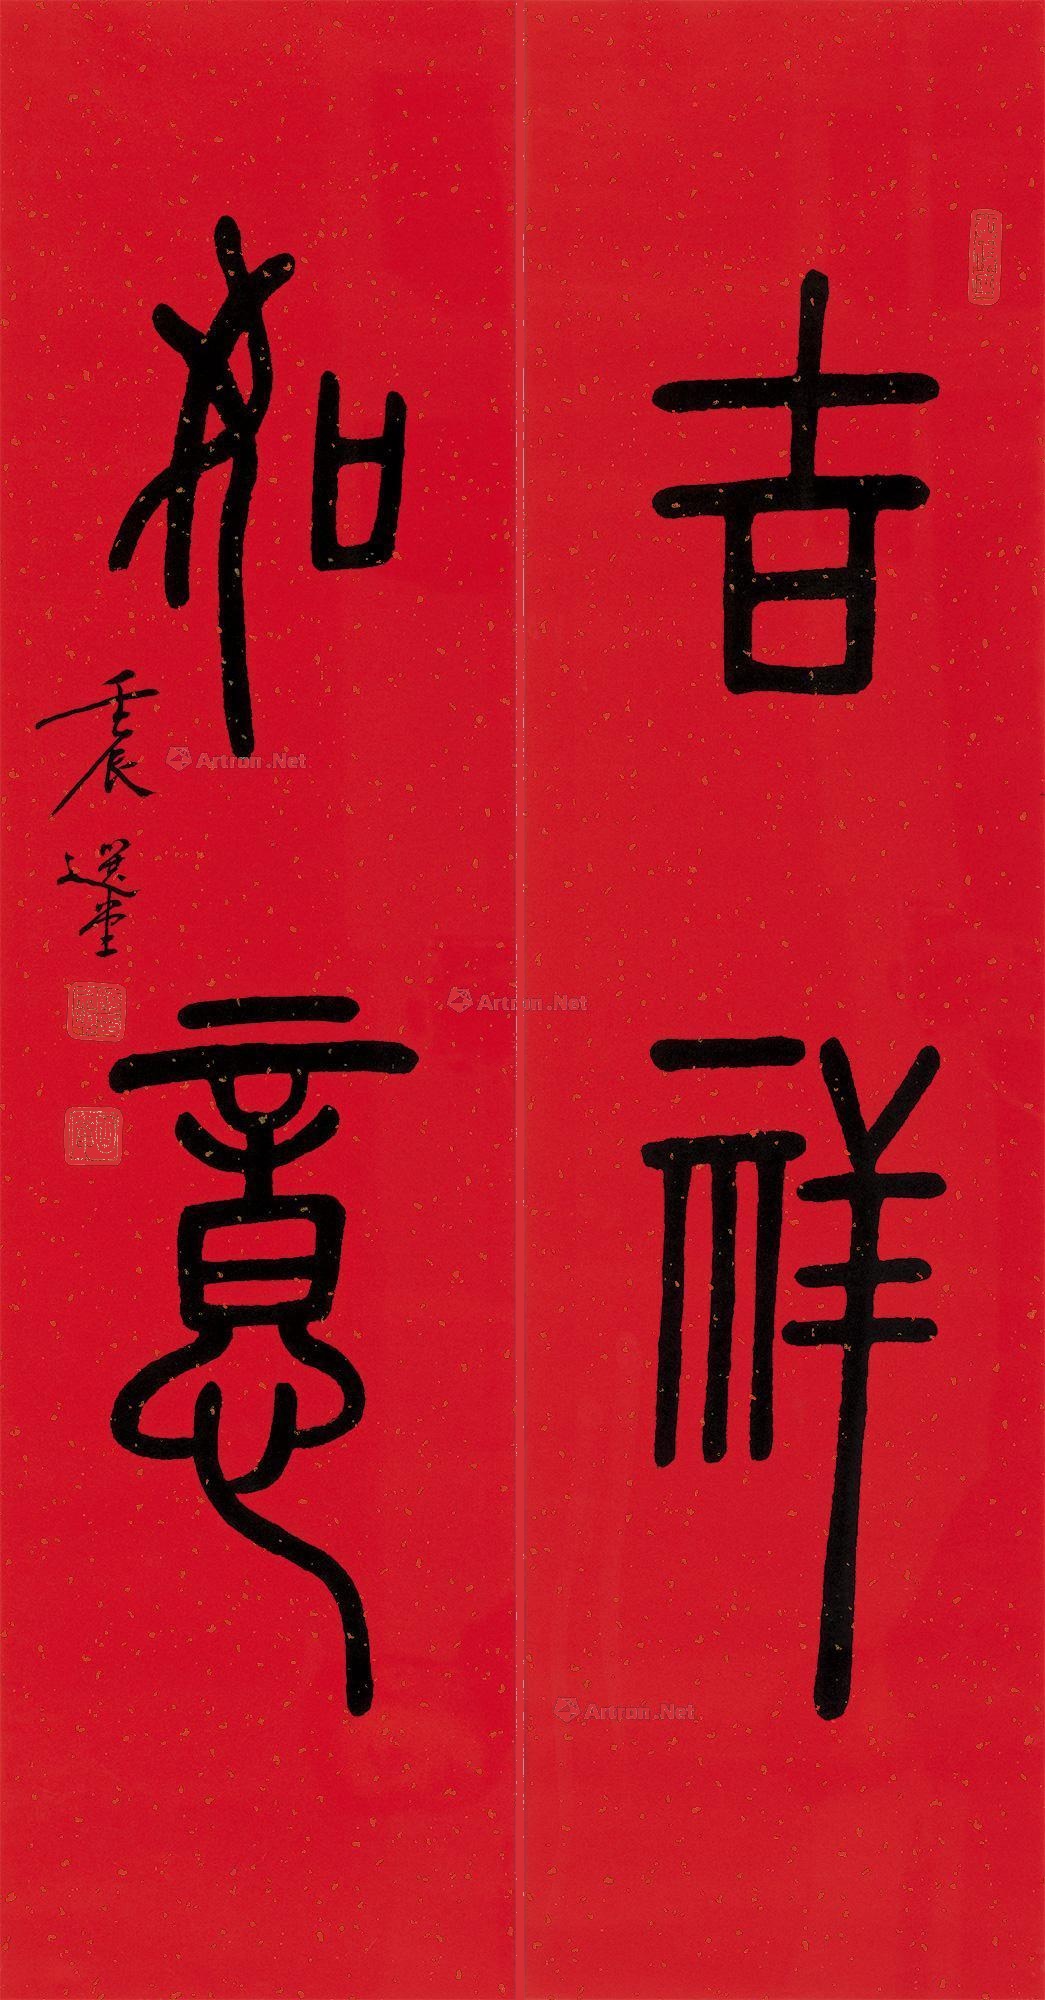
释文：吉祥，如意。壬辰，选堂。